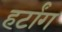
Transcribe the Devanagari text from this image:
हर्टांग